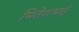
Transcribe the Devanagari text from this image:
मितेशभाई